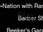
તમથી